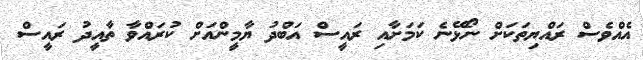
އެއްވެސް ރައްޔިތަކަށް ނޯޅޭނެ ކަމަށާއި ރައީސް އަބްދު ޔާމީންއަށް ކުރައްވާ ތާއީދު ރައީސް